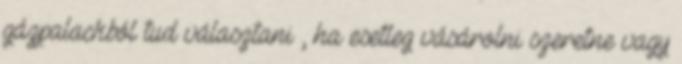
gázpalackból tud választani , ha esetleg vásárolni szeretne vagy